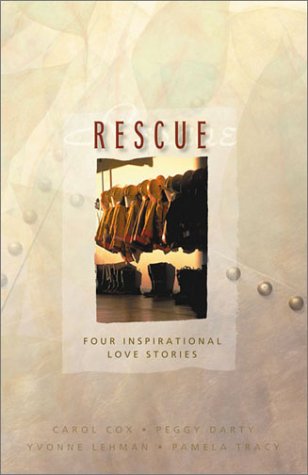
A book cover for Rescue: Matchmaker 911/Island Sunrise/Wellspring of Love/Man of Distinction (Inspirational Romance Collection); Wanda E. Brunstetter; Religion & Spirituality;